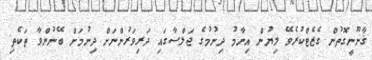
ޤާނޫނީގޮތުން ގެޒެޓްކުރެވޭ ލިޔުން އިނާމު ދިނުމުގެ ޖަލްސާގައި ދަރިވަރުންނަށް ދިނުމަށް ބޭނުންވާ ތަކެތި